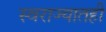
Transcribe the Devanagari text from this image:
स्वराज्यातही